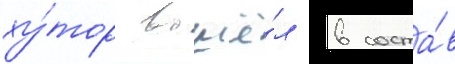
ху́тор вошё́л в соста́в